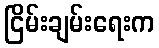
ငြိမ်းချမ်းရေးက